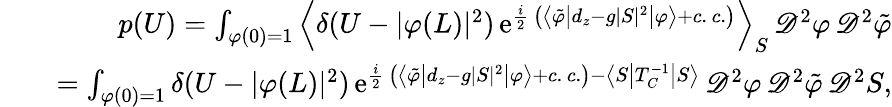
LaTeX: \begin{array}{rlr}&{}&{p(U)=\int_{\varphi(0)=1}\left\langle\delta(U-\vert\varphi(L)\vert^{2})\, \mathrm{e}^{\frac{i}{2}\, \left(\left\langle\tilde{\varphi}\left\vert d_{z}-g\vert S\vert^{2}\right\vert\varphi\right\rangle+c.\, c.\right)}\right\rangle_{S}\, \mathscr{D}^{2}\varphi\, \mathscr{D}^{2}\tilde{\varphi}}\\ &{}&{=\int_{\varphi(0)=1}\delta(U-\vert\varphi(L)\vert^{2})\, \mathrm{e}^{\frac{i}{2}\, \left(\left\langle\tilde{\varphi}\left\vert d_{z}-g\vert S\vert^{2}\right\vert\varphi\right\rangle+c.\, c.\right)-\left\langle S\left\vert T_{C}^{-1}\right\vert S\right\rangle}\, \mathscr{D}^{2}\varphi\, \mathscr{D}^{2}\tilde{\varphi}\, \mathscr{D}^{2}S,}\end{array}